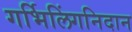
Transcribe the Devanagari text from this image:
गर्भिलिंगनिदान